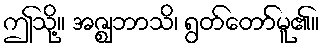
ဤသို့။ အဇ္ဈဘာသိ၊ ရွတ်တော်မူ၏။